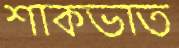
শাকভাত